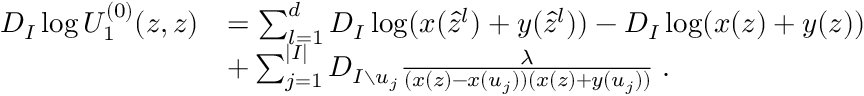
\begin{array} { r l } { D _ { I } \log U _ { 1 } ^ { ( 0 ) } ( z , z ) } & { = \sum _ { l = 1 } ^ { d } D _ { I } \log ( x ( \hat { z } ^ { l } ) + y ( \hat { z } ^ { l } ) ) - D _ { I } \log ( x ( z ) + y ( z ) ) } \\ & { + \sum _ { j = 1 } ^ { | I | } D _ { I \setminus u _ { j } } \frac { \lambda } { ( x ( z ) - x ( u _ { j } ) ) ( x ( z ) + y ( u _ { j } ) ) } \; . } \end{array}